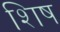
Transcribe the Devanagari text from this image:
शिष